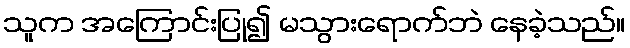
သူက အကြောင်းပြု၍ မသွားရောက်ဘဲ နေခဲ့သည်။